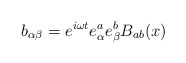
\begin{align*}b_{\alpha \beta} = e^{i \omega t} e_\alpha^a e_\beta^b B_{ab}(x)\end{align*}